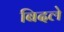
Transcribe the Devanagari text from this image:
बिदले